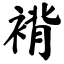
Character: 褙